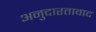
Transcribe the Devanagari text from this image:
अनुदारतावाद